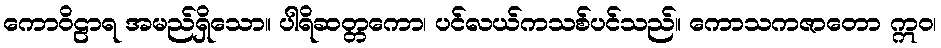
ကောဝိဠာရ အမည်ရှိသော။ ပါရိဆတ္တကော၊ ပင်လယ်ကသစ်ပင်သည်။ ကောသကဇာတော ဣဝ၊